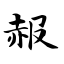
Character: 赧